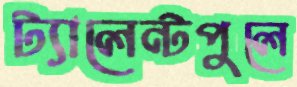
ট্যালেন্টপুলে